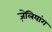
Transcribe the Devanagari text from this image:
ज़ेलियांग